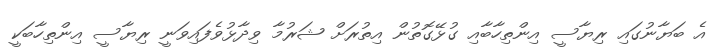
އެ ބަޔާނުގައި ރިޔާސީ އިންތިހާބާއި ގުޅޭގޮތުން އިތުރަށް ޝަރުމާ ވިދާޅުވެފައިވަނީ ރިޔާސީ އިންތިހާބަކީ